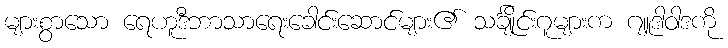
များစွာသော ရေဟူဒီဘာသာရေးခေါင်းဆောင်များ၏ သင်္ချိုင်းဂူများက ဂျူဒါဝါဒကို